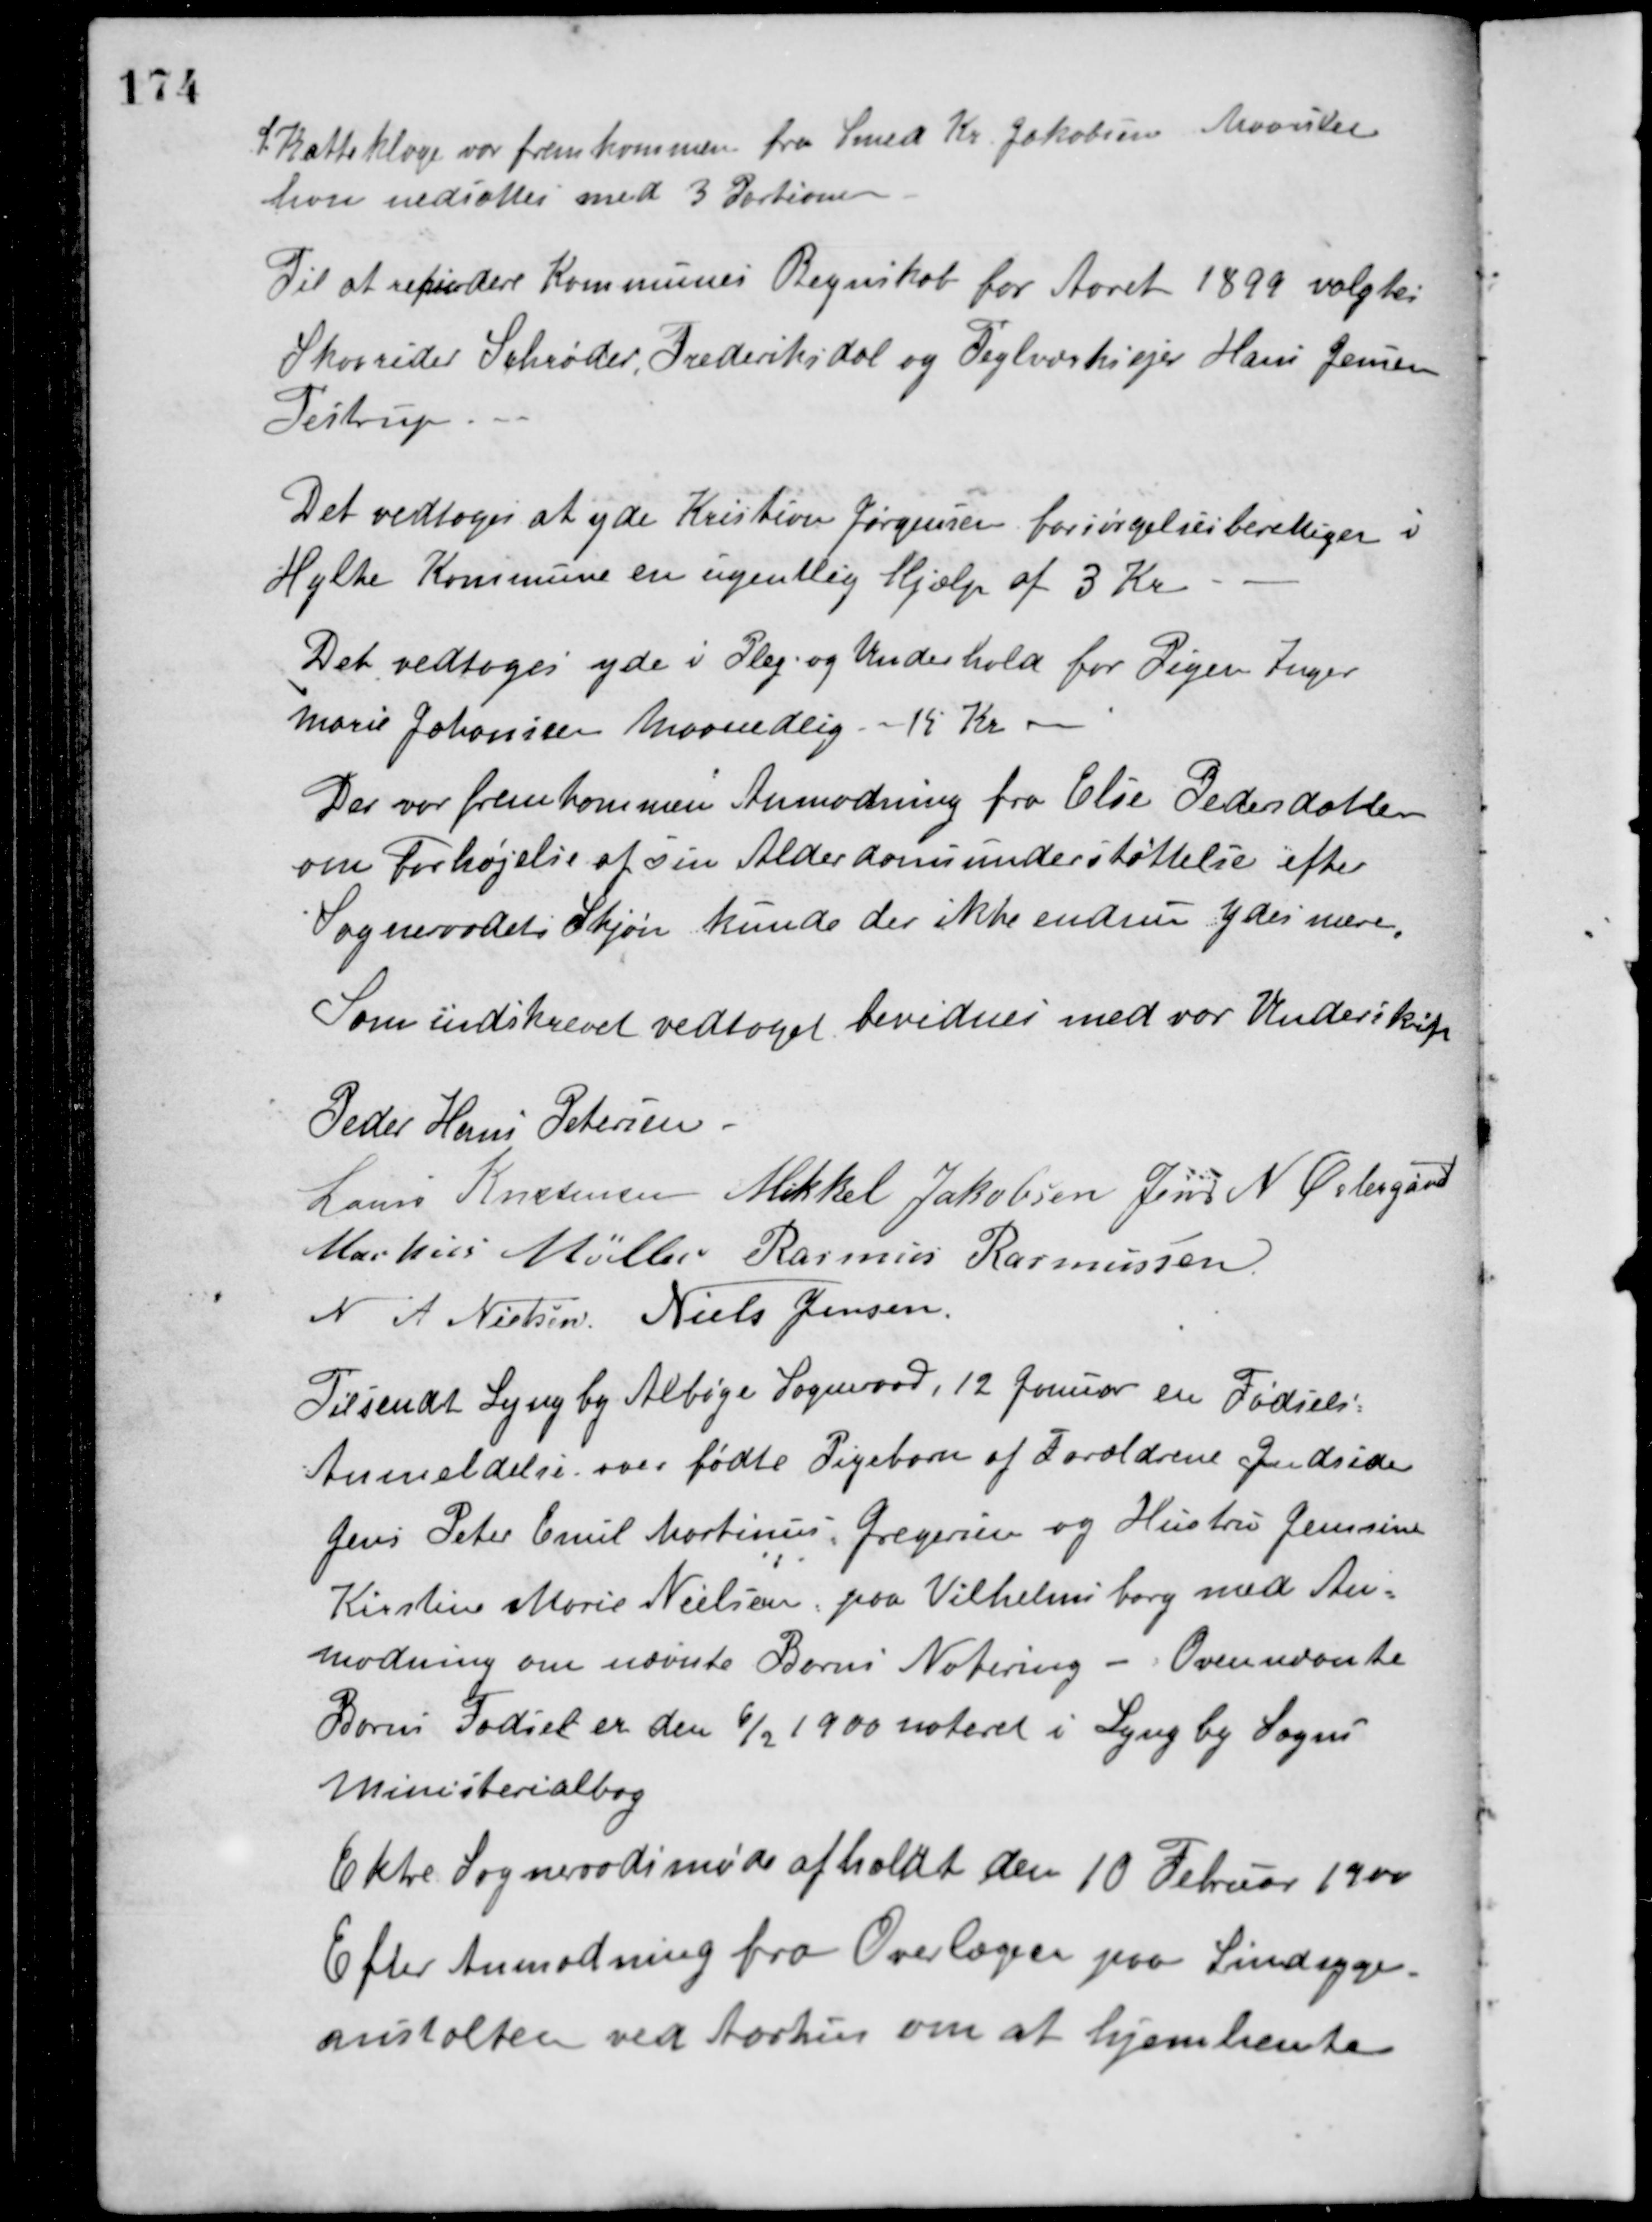
Transskription:
Skatteklage var fremkommen fra Smed Kr. Jakobsen Maarslet
han nedsattes med 3 Portioner.
Til at revidere Kommunes Regnskab for Aaret 1899 valgtes
Skovrider Schrøder, Frederiksdal og Teglværksejer Hans Jensen
Testrup.
Det vedtoges at yde Kristian Jørgensen forsørgelsesberettiget i
Hylke Kommune en ugentlig Hjælp af 3 Kr.
Det vedtoges yde i Plej og Underhold for Pigen Inger
Marie Johansen Maanedlig - 15 Kr.
Der var fremkommen Anmodning fra Else Pedersdatter
om Forhøjelse af sin Alderdomsunderstøttelse efter
Sogneraadets Skjøn kunde der ikke endnu ydes mere.
Som indskrevet vedtaget bevidnes med vor Underskift
Peder Hans Petersen
Laurs Kristensen Mikkel Jakobsen Jens N. Østergaard
Markus Møller Rasmus Rasmussen
N. A. Nielsen Niels Jensen
Tilsendt Lyngby Albøge Sogneraad, 12 Januar en Fødsels
Anmeldelse over fødte Pigebarn af Forældrene Indsidder
Jens Peter Emil Martinus Gregersen og Hustru Jenssine
Kirstine Marie Nielsen, paa Vilhelmsborg med An-
modning om nævnte Barns Notering - Ovennævnte
Barns Fødsel er den 6/2 1900 noteret i Lyngby Sogns
Ministerialbog.
Ektre Sognerådsmøde afholdt den 10 Februar 1900.
Efter Anmodning fra Overlægen paa Sindsyge-
anstalten ved Aarhus om at hjemhente